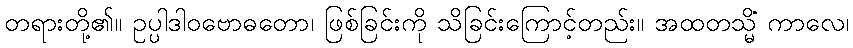
တရားတို့၏။ ဥပ္ပါဒါဝဗောဓတော၊ ဖြစ်ခြင်းကို သိခြင်းကြောင့်တည်း။ အထတသ္မိံ ကာလေ၊